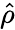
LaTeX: \hat{\rho}